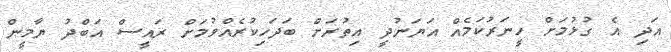
އަދި އެ ގުޅުމަށް ހީނަރުކަމެއް އަޔަނުދީ އިތުރަށް ބަދަހިކުރެއްވުމަށް ރައީސް އަބްދު ޔާމީން